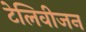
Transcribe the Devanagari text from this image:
टेलिवीजन